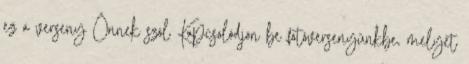
ez a verseny Önnek szól Kapcsolódjon be fotóversenyünkbe, melyet